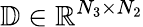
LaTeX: \mathbb{D}\in\mathbb{R}^{N_{3}\times N_{2}}